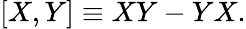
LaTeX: [X,Y]\equiv XY-YX.